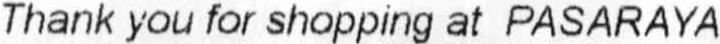
THANK YOU FOR SHOPPING AT PASARAYA